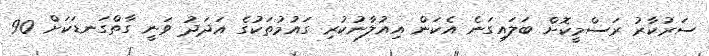
ސަރުކާރު ރަސްމީކޮށް ބަލައިގަނެ އެކަން އިއުލާނުކުރި ގައުމުތަކުގެ އަދަދު ވަނީ ގާތްގަނޑަކަށް 90